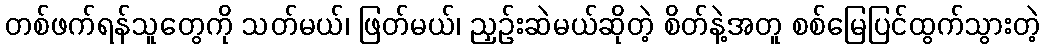
တစ်ဖက်ရန်သူတွေကို သတ်မယ်၊ ဖြတ်မယ်၊ ညှဉ်းဆဲမယ်ဆိုတဲ့ စိတ်နဲ့အတူ စစ်မြေပြင်ထွက်သွားတဲ့